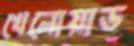
খেলোয়াড